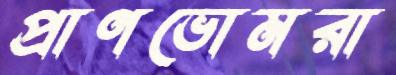
প্রাণভোমরা